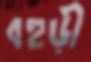
বহুড়ী